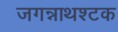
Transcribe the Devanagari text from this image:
जगन्नाथश्टक